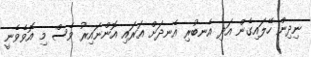
ނިދިން ހޭލައިގެން އަދި އެނބުރި އެނދަށް އަރައި އޮންނައިރު ވެސް މި އޮވެވެނީ